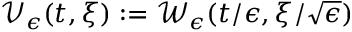
\mathcal { V } _ { \epsilon } ( t , \xi ) : = \mathcal { W } _ { \epsilon } ( t / \epsilon , \xi / \sqrt { \epsilon } )